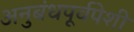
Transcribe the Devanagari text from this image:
अनुबंधपूर्वपेशी